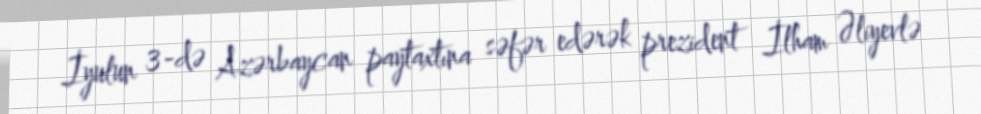
İyulun 3-də Azərbaycan paytaxtına səfər edərək prezident İlham Əliyevlə